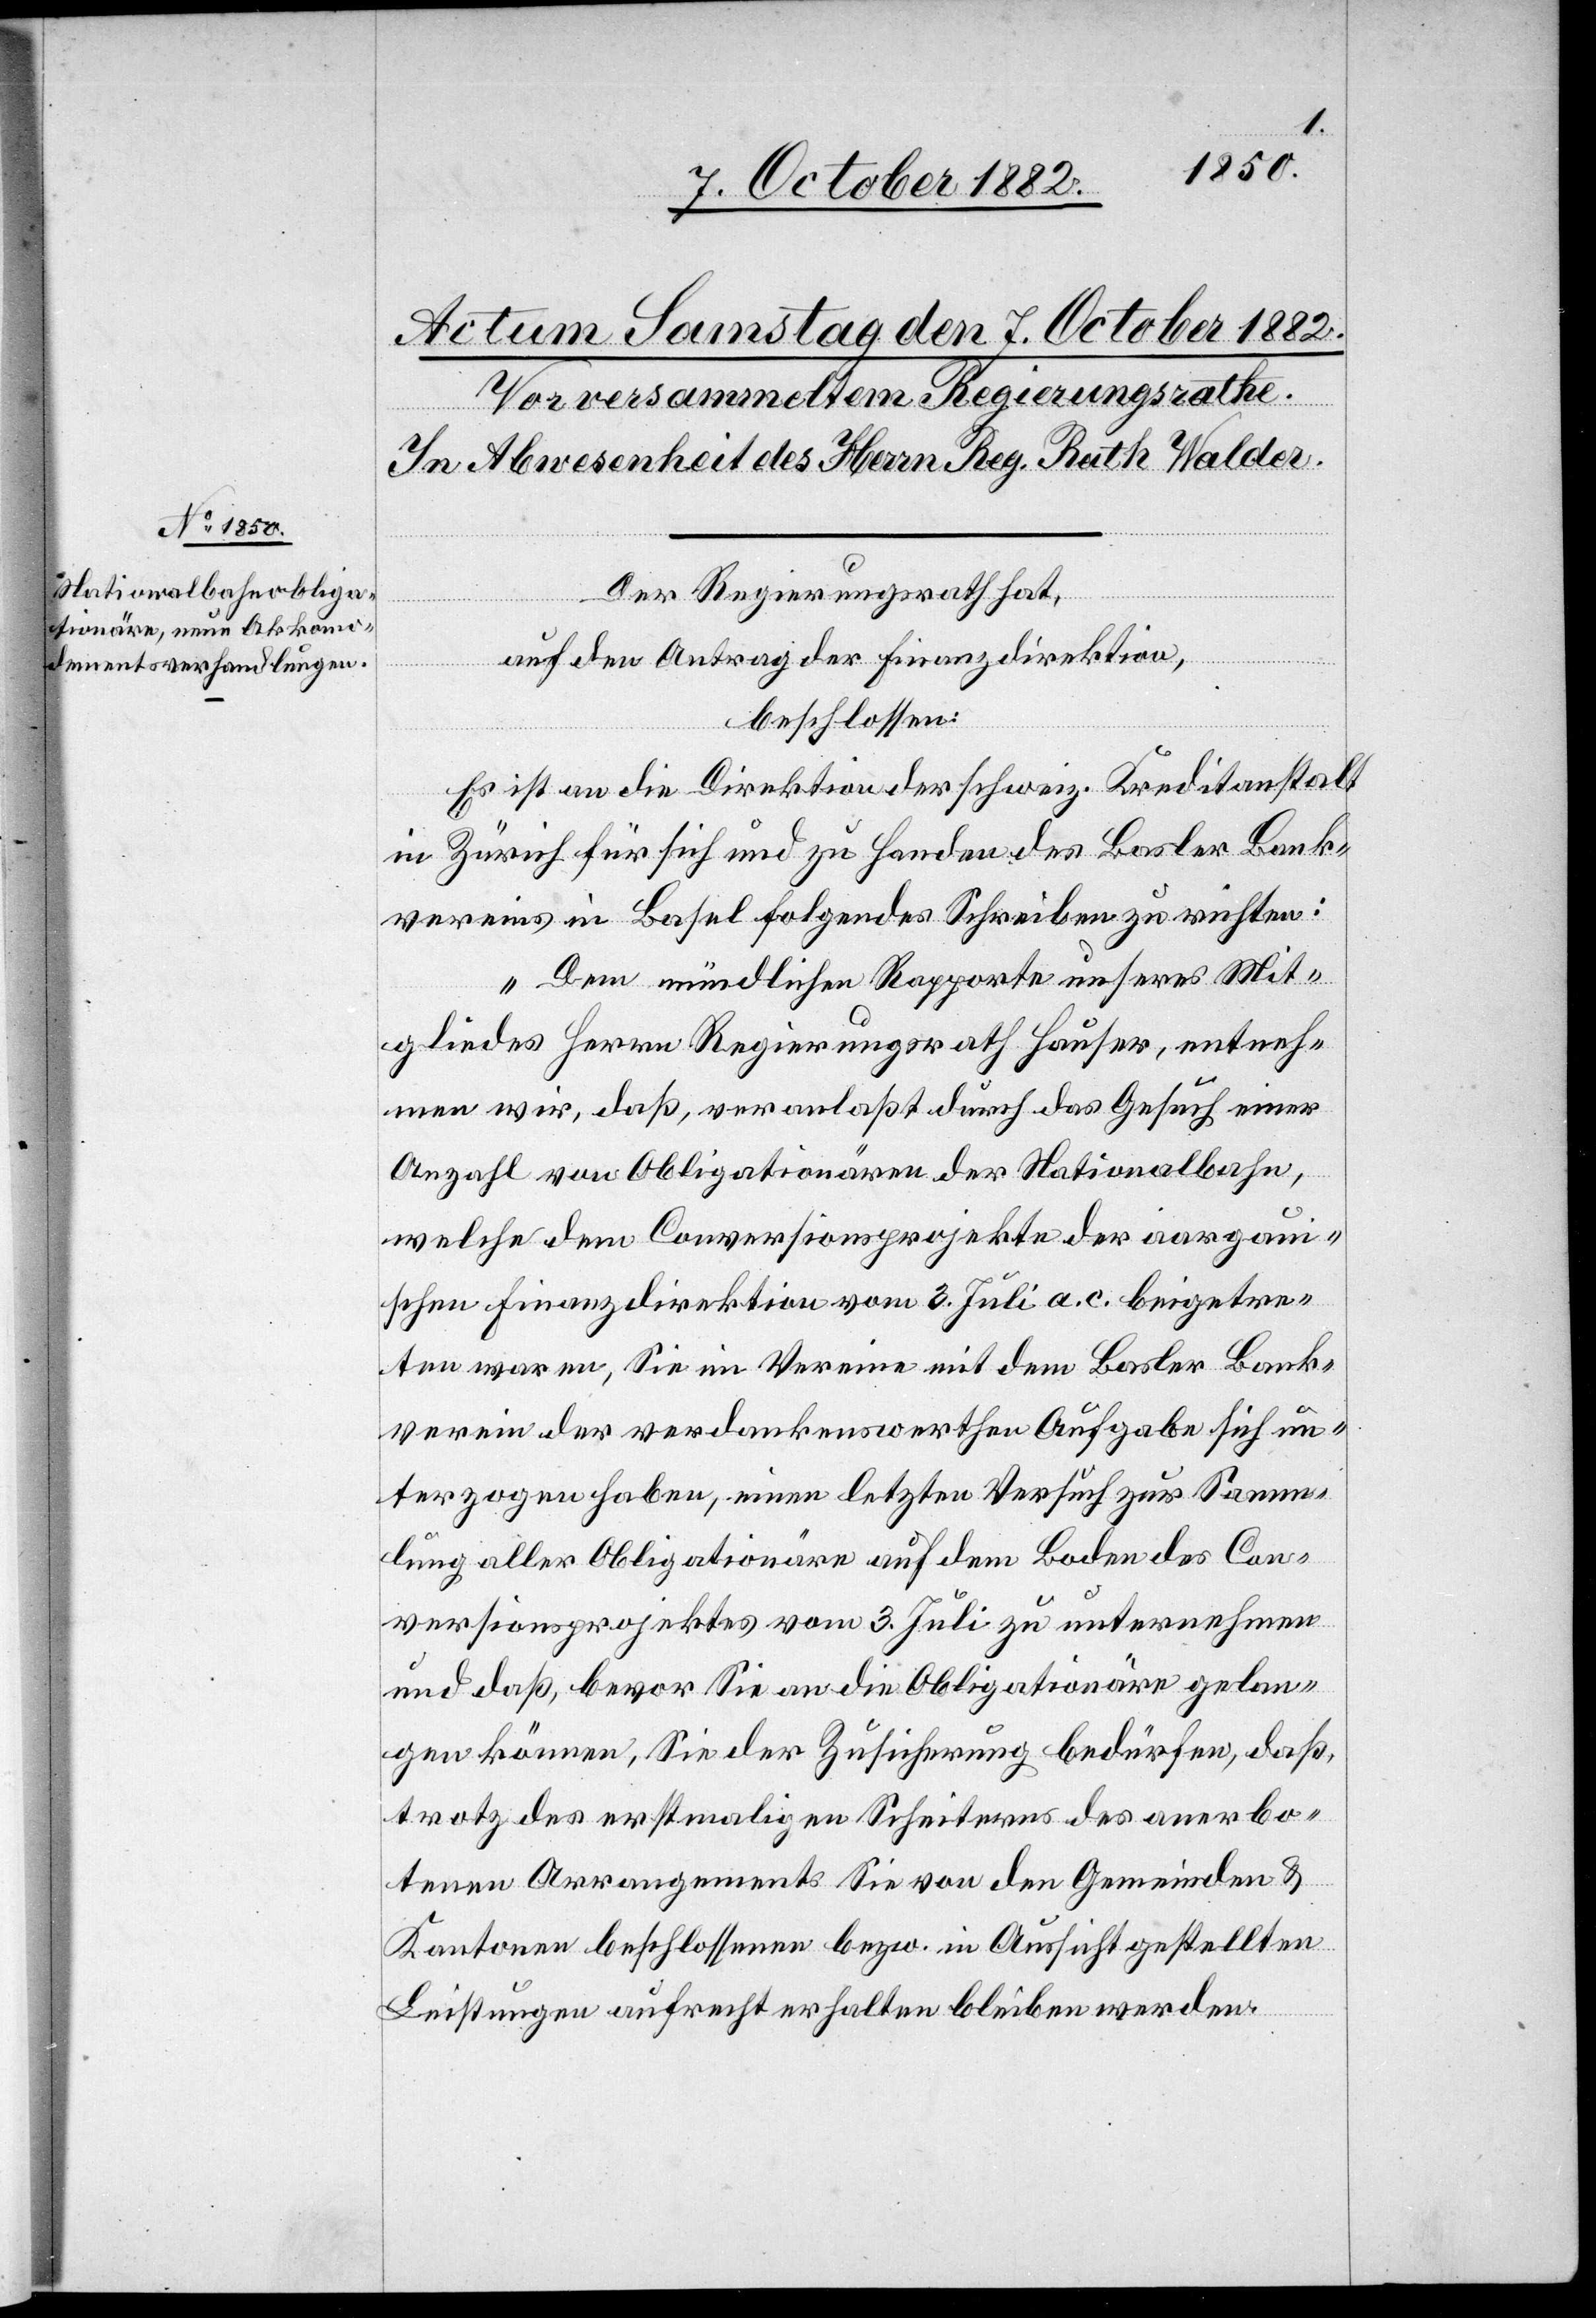
Der Regierungsrath hat,
auf den Antrag der Finanzdirektion,
beschlossen:
Es ist an die Direktion der schweiz. Kreditanstalt
in Zürich für sich und zu Handen des Basler Bank¬
vereins in Basel folgendes Schreiben zu richten:
„Dem mündlichen Rapporte unsers Mit¬
gliedes Herrn Regierungsrath Hauser, entneh¬
men wir, daß, veranlaßt durch das Gesuch einer
Anzahl von Obligationären der Nationalbahn,
welche dem Conversionsprojekte der aargaui¬
schen Finanzdirektion vom 3. Juli a. c. beigetre¬
ten waren, Sie im Vereine mit dem Basler Bank¬
verein der verdankenswerthen Aufgabe sich un¬
terzogen haben, einen letzten Versuch zur Samm¬
lung aller Obligationäre auf dem Boden des Con¬
versionsprojektes vom 3. Juli zu unternehmen
und daß, bevor Sie an die Obligationäre gelan¬
gen können, Sie der Zusicherung bedürfen, daß,
trotz des erstmaligen Scheitern des anerbo¬
tenen Arrangements Sie von den Gemeinden &
Kantonen beschlossenen bezw. in Aussicht gestellten
Leistungen aufrecht erhalten bleiben werden.